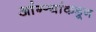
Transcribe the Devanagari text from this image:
आंग्र्‍यांकडून